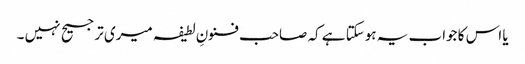
یا اس کا جواب یہ ہوسکتا ہے کہ صاحب فنونِ لطیفہ میری ترجیح نہیں ۔